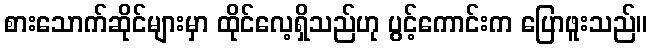
စားသောက်ဆိုင်များမှာ ထိုင်လေ့ရှိသည်ဟု ပွင့်ကောင်းက ပြောဖူးသည်။